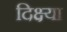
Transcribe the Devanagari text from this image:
दिक्ष्या